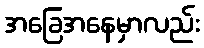
အခြေအနေမှာလည်း